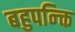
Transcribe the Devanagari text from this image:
बहुपन्क्ति